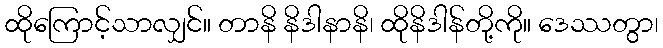
ထိုကြောင့်သာလျှင်။ တာနိ နိဒါနာနိ၊ ထိုနိဒါန်တို့ကို။ ဒေဿတွာ၊